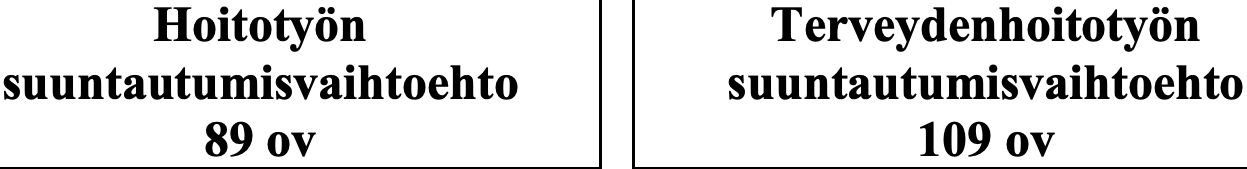
Hoitotyön           Terveydenhoitotyön suuntautumisvaihtoehto  suuntautumisvaihtoehto 89 ov                  109 ov